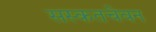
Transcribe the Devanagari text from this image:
सस्कतचेवन